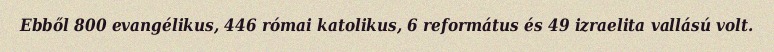
Ebből 800 evangélikus, 446 római katolikus, 6 református és 49 izraelita vallású volt.